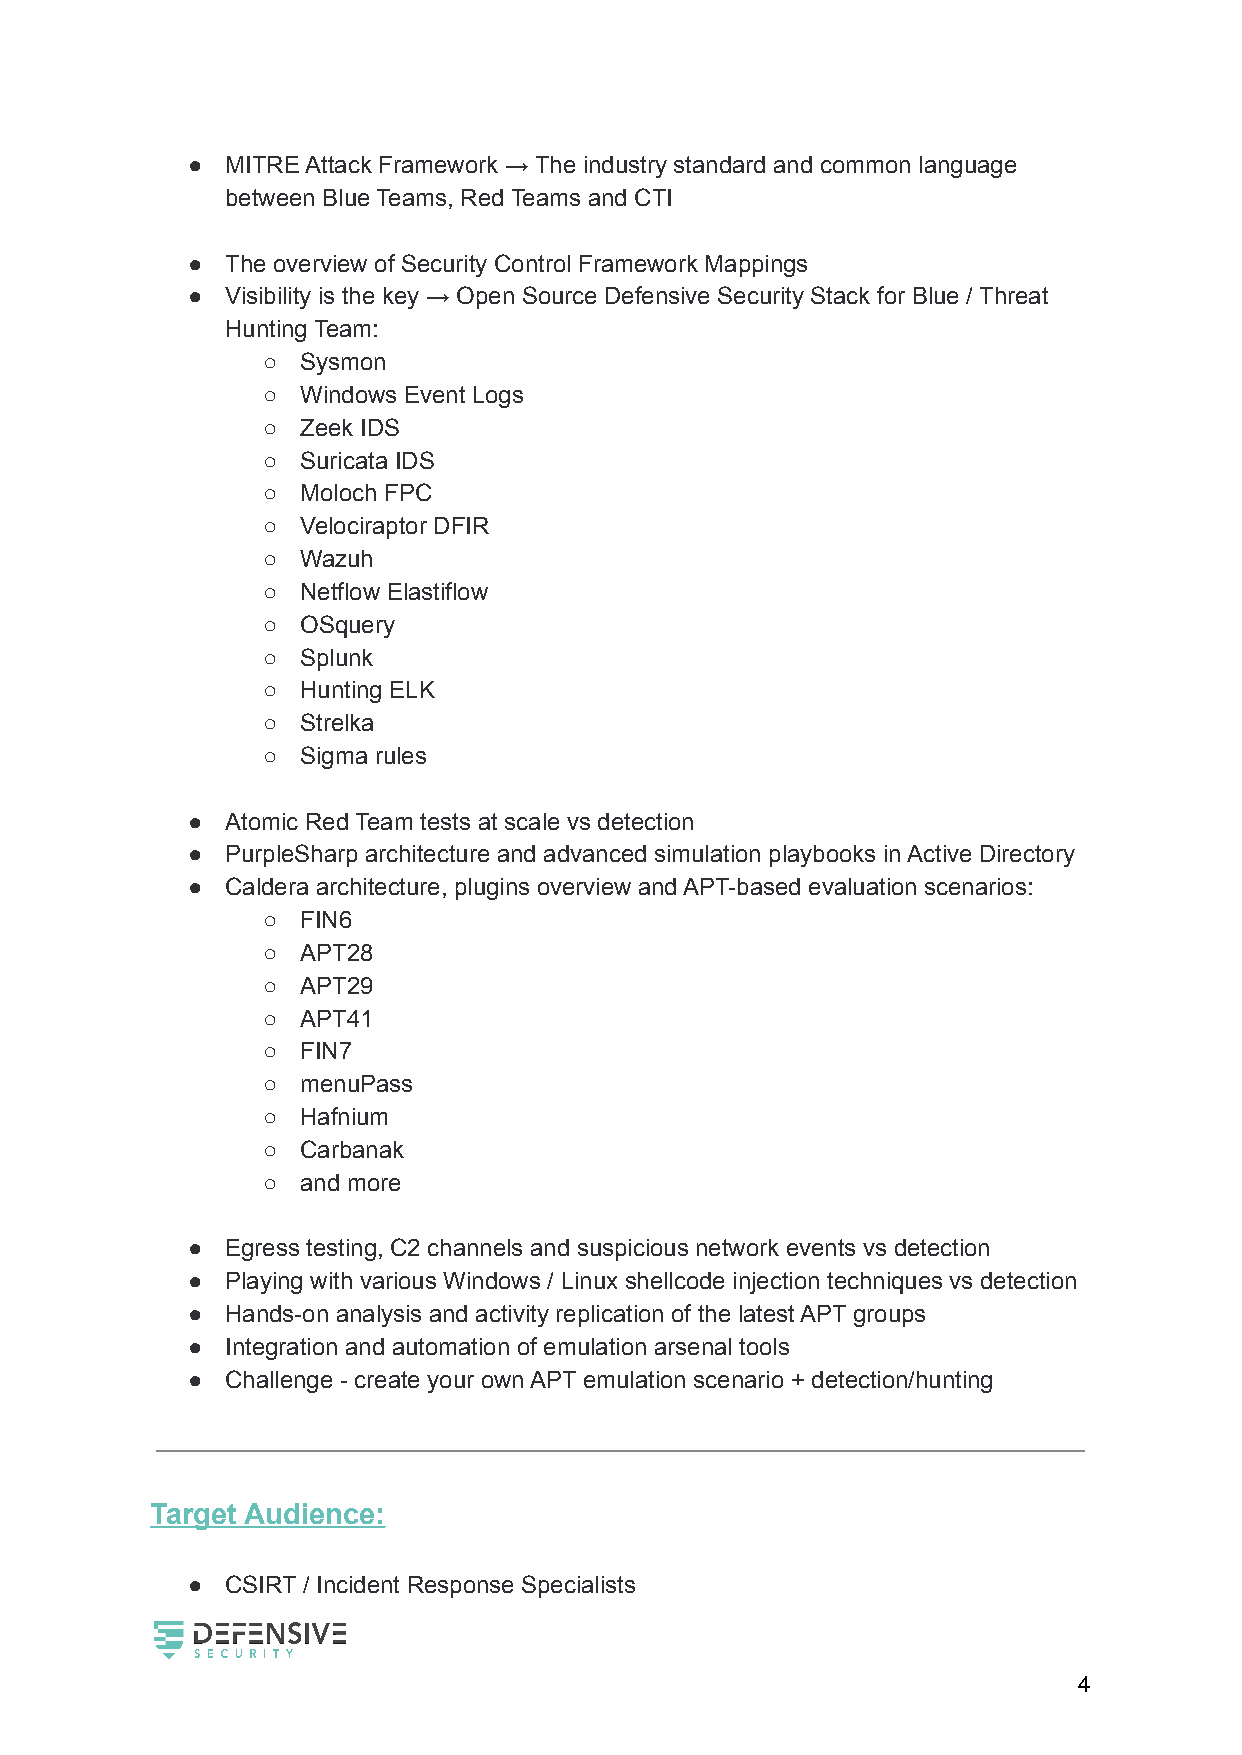
●  MITRE Attack Framework → The industry standard and common language
 between Blue Teams, Red Teams and CTI
 ●  The overview of Security Control Framework Mappings
 ●  Visibility is the key → Open Source Defensive Security Stack for Blue / Threat
 Hunting Team:
 ○  Sysmon
 ○  Windows Event Logs
 ○  Zeek IDS
 ○  Suricata IDS
 ○  Moloch FPC
 ○  Velociraptor DFIR
 ○  Wazuh
 ○  Netflow Elastiflow
 ○  OSquery
 ○  Splunk
 ○  Hunting ELK
 ○  Strelka
 ○  Sigma rules
 ●  Atomic Red Team tests at scale vs detection
 ●  PurpleSharp architecture and advanced simulation playbooks in Active Directory
 ●  Caldera architecture, plugins overview and APT-based evaluation scenarios:
 ○  FIN6
 ○  APT28
 ○  APT29
 ○  APT41
 ○  FIN7
 ○  menuPass
 ○  Hafnium
 ○  Carbanak
 ○  and more
 ●  Egress testing, C2 channels and suspicious network events vs detection
 ●  Playing with various Windows / Linux shellcode injection techniques vs detection
 ●  Hands-on analysis and activity replication of the latest APT groups
 ●  Integration and automation of emulation arsenal tools
 ●  Challenge - create your own APT emulation scenario + detection/hunting
 Target Audience:
 ●  CSIRT / Incident Response Specialists
 4